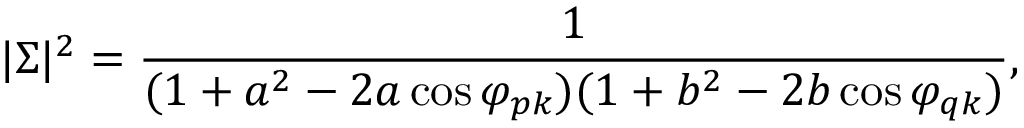
| \Sigma | ^ { 2 } = { \frac { 1 } { ( 1 + a ^ { 2 } - 2 a \cos \varphi _ { p k } ) ( 1 + b ^ { 2 } - 2 b \cos \varphi _ { q k } ) } } ,